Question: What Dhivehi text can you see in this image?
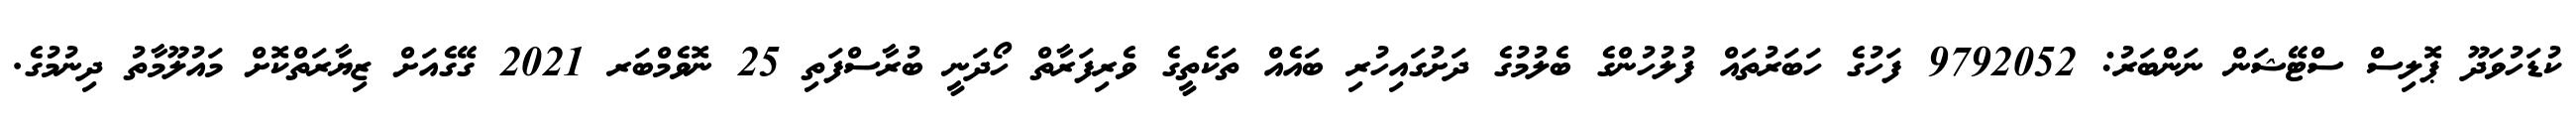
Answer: ކުޑަހުވަދޫ ޕޮލިސް ސްޓޭޝަން ނަންބަރު: 9792052 ފަހުގެ ހަބަރުތައް ފުލުހުންގެ ބެލުމުގެ ދަށުގައިހުރި ބައެއް ތަކެތީގެ ވެރިފަރާތް ހޯދަނީ ބުރާސްފަތި 25 ނޮވެމްބަރ 2021 ގޭގެއަށް ޒިޔާރަތްކޮށް މައުލޫމާތު ދިނުމުގެ.